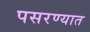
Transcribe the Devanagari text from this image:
पसरण्यात